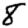
Digit: 8